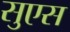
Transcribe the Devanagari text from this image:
सुएस